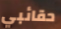
حقائبي